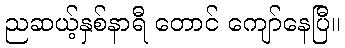
ညဆယ့်နှစ်နာရီ တောင် ကျော်နေပြီ။